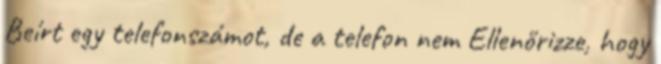
Beírt egy telefonszámot, de a telefon nem Ellenőrizze, hogy